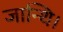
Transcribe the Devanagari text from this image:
जान्थि।